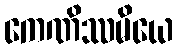
ကေဏိဿမိယေ